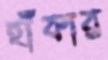
হাঁকার